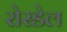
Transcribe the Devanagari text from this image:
रोस्डेल